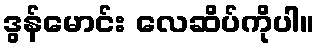
ဒွန်မောင်း လေဆိပ်ကိုပါ။